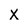
Character: X